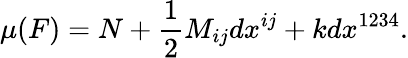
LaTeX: \mu(F)=N+\frac{1}{2}M_{ij}dx^{ij}+kdx^{1234}.